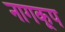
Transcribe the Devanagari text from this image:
नागकूप